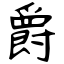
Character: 爵